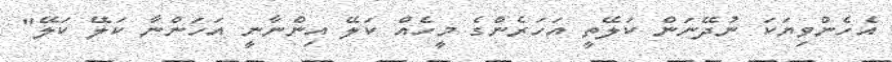
އެހެންވިޔަކަ ނުދޭނަން ކަލޭތީ އަހަރެންގެ މީހެއް ކަލޭ އިންނާނީ އަހަންނާ ކަލޭ ކަލޭ"